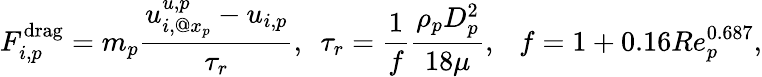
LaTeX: F_{i,p}^{\mathrm{drag}}=m_{p}\frac{u_{i,@x_{p}}^{u,p}-u_{i,p}}{\tau_{r}},~~\tau_{r}=\frac{1}{f}\frac{\rho_{p}D_{p}^{2}}{18\mu},~~~f=1+0.16Re_{p}^{0.687},